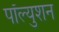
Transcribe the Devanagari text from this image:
पॉल्युशन